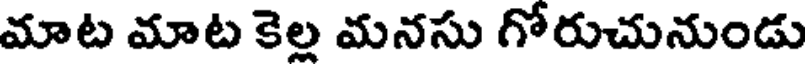
మాట మాట కెల్ల మనసు గోరుచునుండు